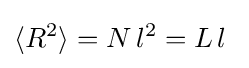
\langle {R^{2}}\rangle =N\,l^{2}=L\,l~